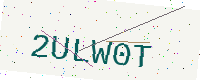
Text: 2ULW0T